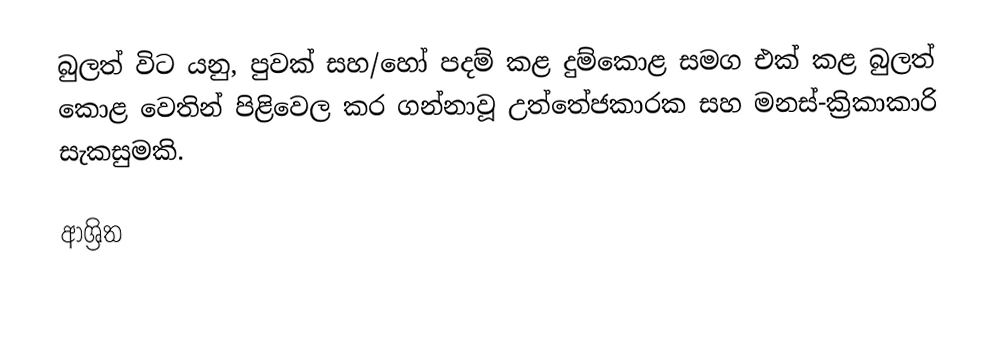
බුලත් විට යනු,  පුවක් සහ/හෝ පදම් කළ දුම්කොළ සමග එක් කළ බුලත් කොළ වෙතින් පිළිවෙල කර ගන්නාවූ උත්තේජකාරක සහ මනස්-ක්‍රිකාකාරි සැකසුමකි.

ආශ්‍රිත